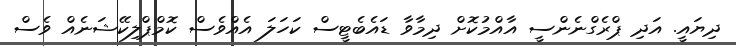
ދިޔައީ. އަދި ޕްރެގްނެންސީ އާއްމުކޮށް ދިމާވާ ޑައެބެޓީސް ކަހަަލަ އެއްވެސް ކޮމްޕްލިކޭޝަނެއް ވެސް